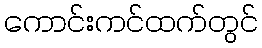
ကောင်းကင်ထက်တွင်